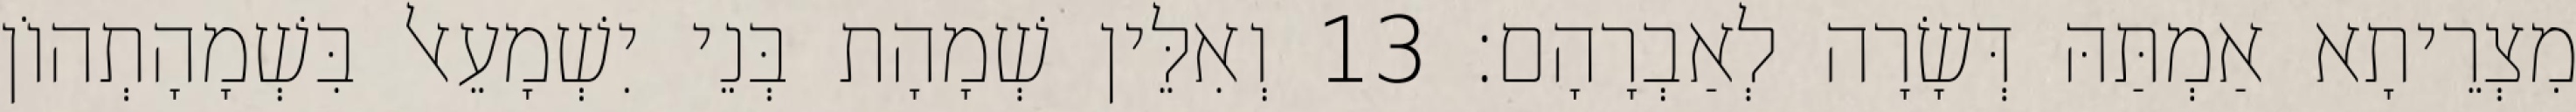
מִצְרֵיתָא אַמְתַּהּ דְּשָׂרָה לְאַבְרָהָם׃ 13 וְאִלֵּין שְׁמָהָת בְּנֵי יִשְׁמָעֵאל בִּשְׁמָהָתְהוֹן